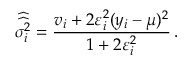
\widehat { \widehat { \sigma _ { i } ^ { 2 } } } = \frac { v _ { i } + 2 \varepsilon _ { i } ^ { 2 } ( y _ { i } - \mu ) ^ { 2 } } { 1 + 2 \varepsilon _ { i } ^ { 2 } } \, .